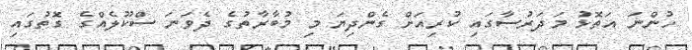
ހުންނަ އަތޮޅު މަދަރުސާގައި ކުރިއަށް ގެންދިޔަ މި މުބާރާތުގެ ދެވަނަ ސްކޫލެއްގެ ގޮތުގައި